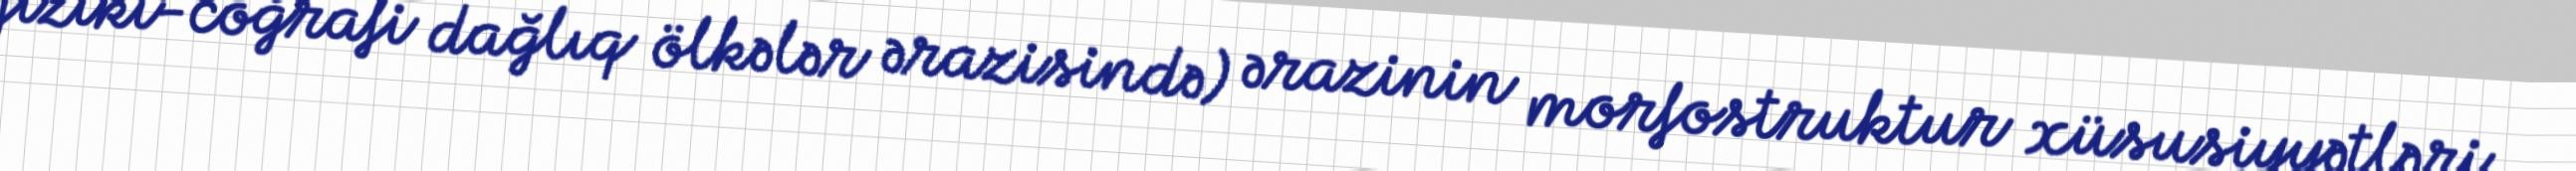
fiziki-coğrafi dağlıq ölkələr ərazisində) ərazinin morfostruktur xüsusiyyətləri